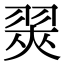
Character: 翜